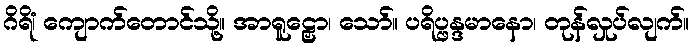
ဂိရိံ၊ ကျောက်တောင်သို့။ အာရူဠှော၊ သော်။ ပရိပ္ဖန္ဒမာနော၊ တုန်လှုပ်လျက်။